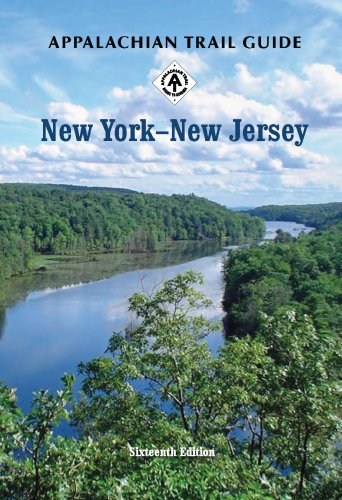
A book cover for Appalachian Trail Guide to New York-New Jersey; Travel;